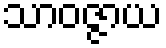
သာဝဇ္ဇာယ